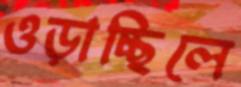
ওড়াচ্ছিলে